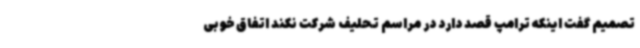
تصمیم گفت اینکه ترامپ قصد دارد در مراسم تحلیف شرکت نکند اتفاق خوبی